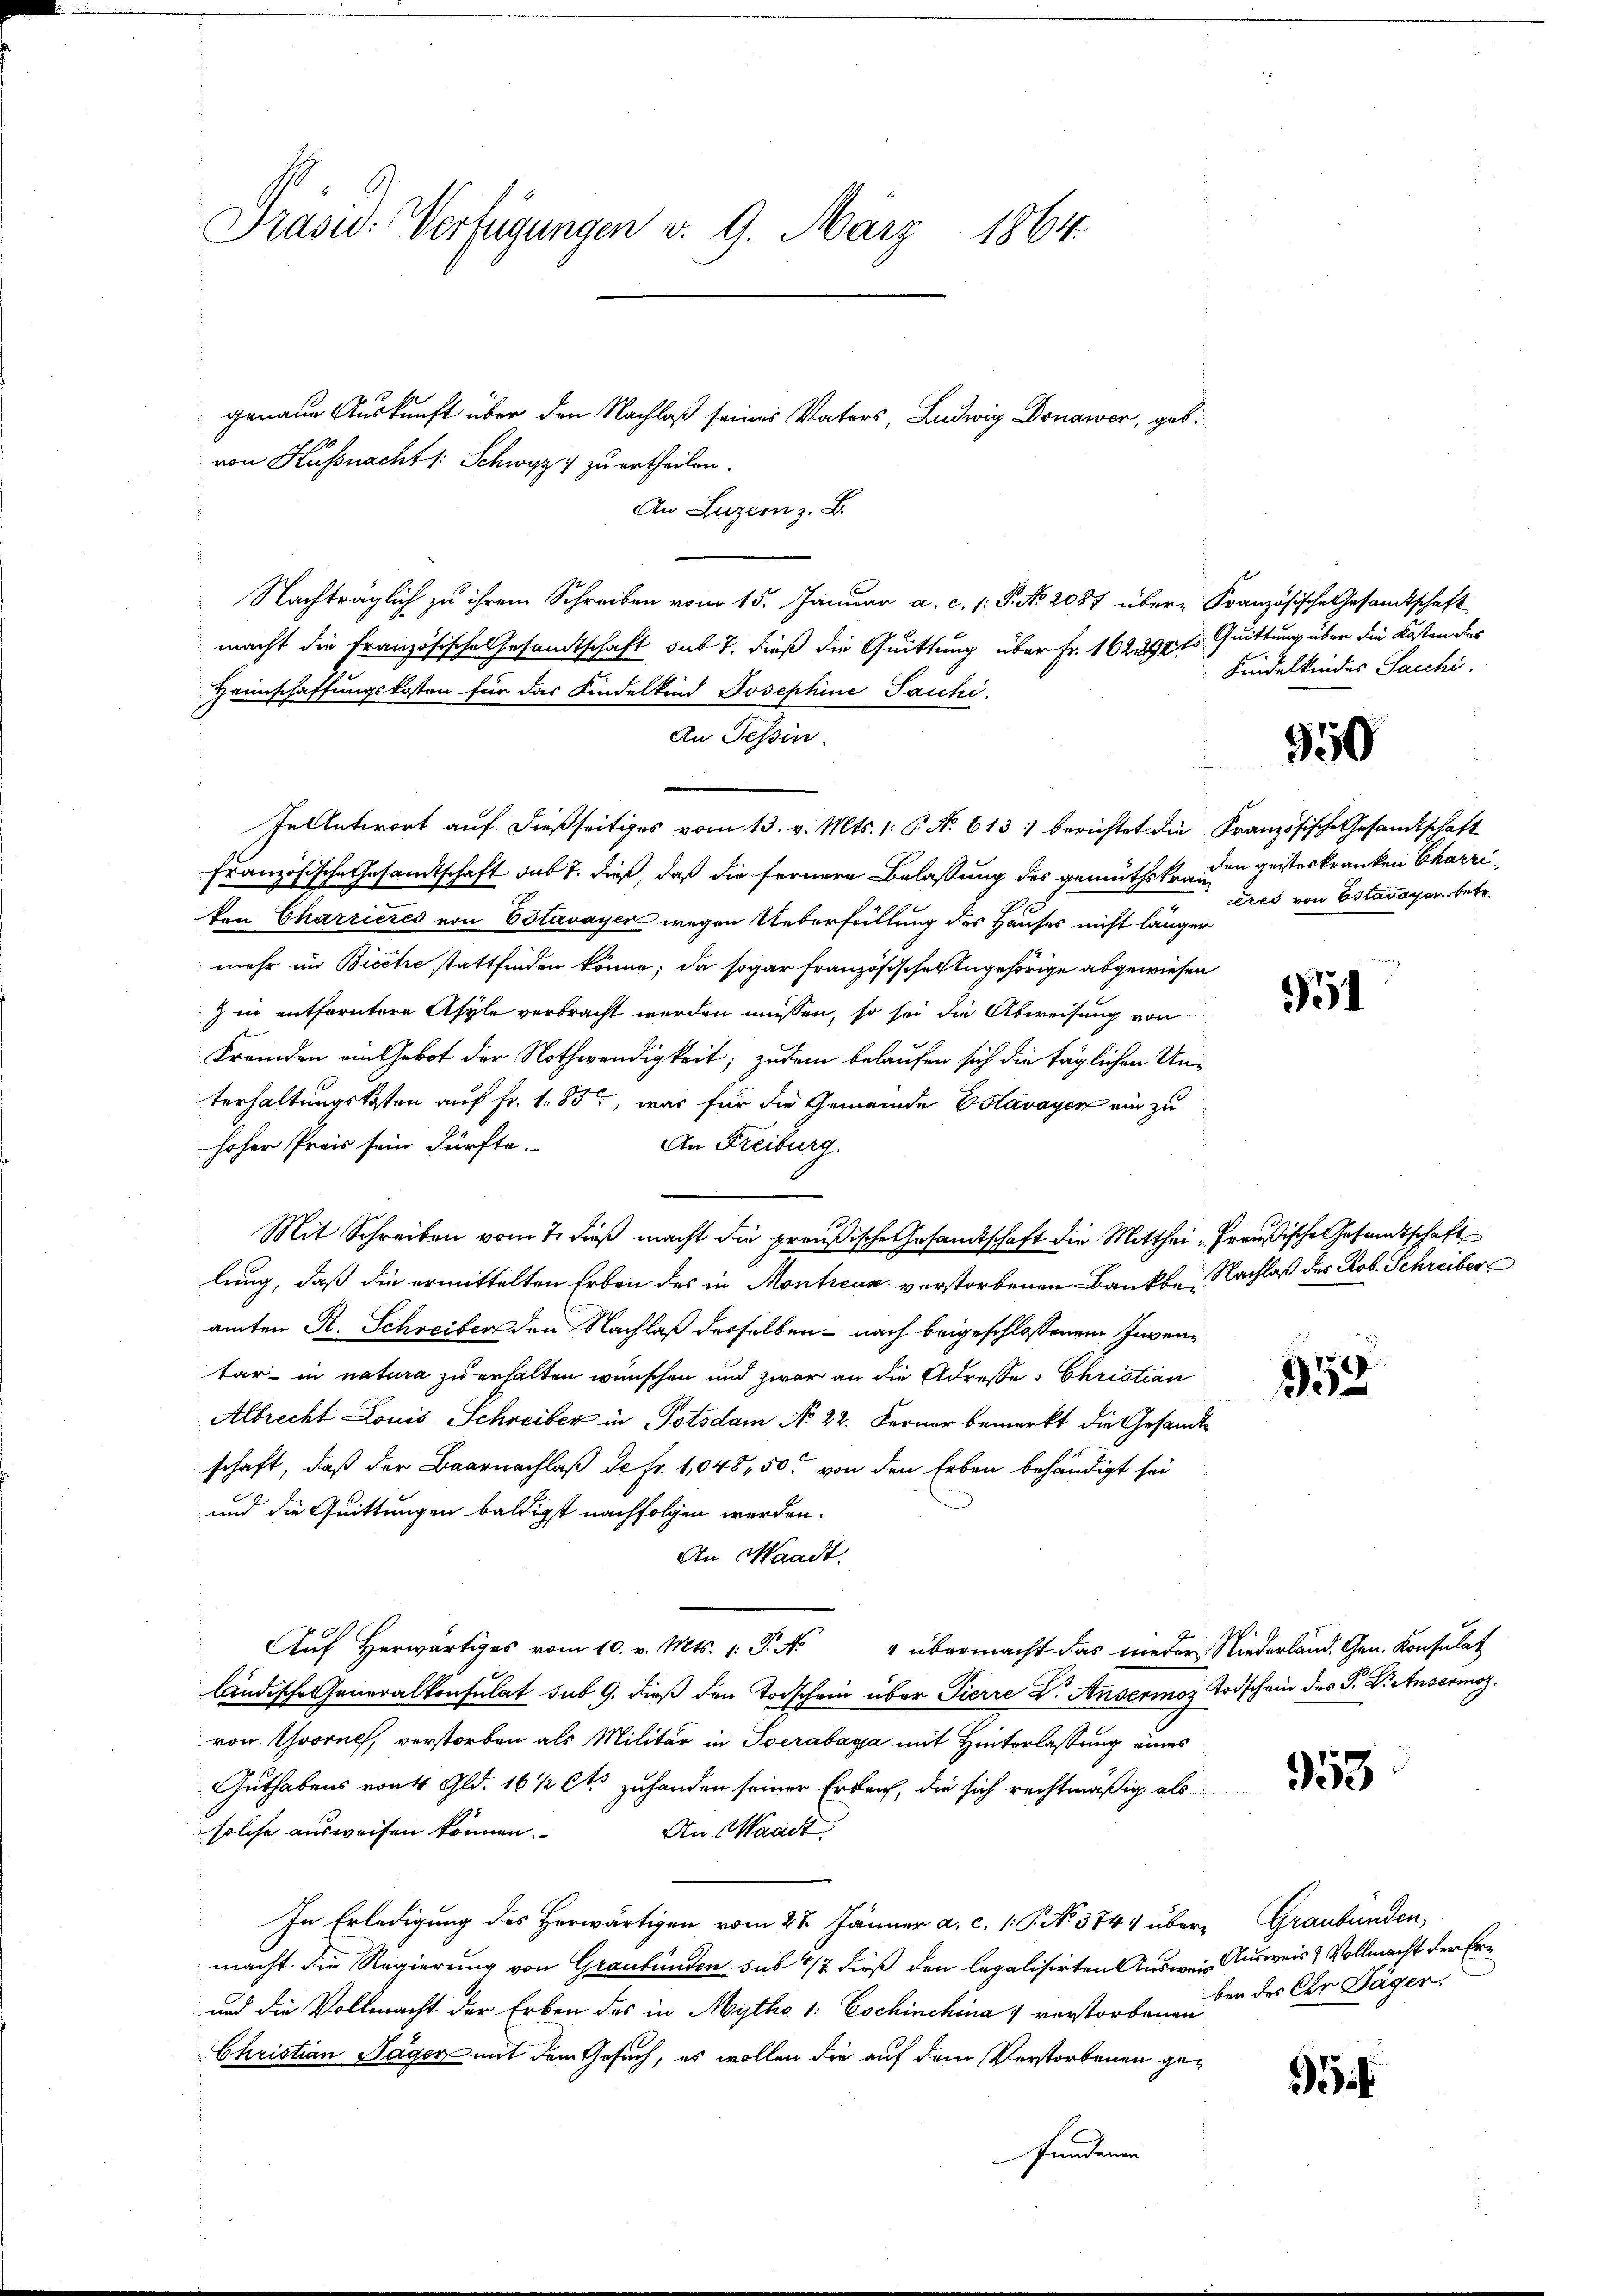
Präsid.: Verfügungen v. 9. März 1864.

genaue Auskunft über den Nachlaß seines Vaters, Ludwig Donawer, geb.
von Küssnacht /: Schwyz zu ertheilen.
An Luzern z. B.
" Nachträglich zu ihrem Schreiben vom 15. Januar a. c. s. S. No. 2087 übere Französische Gesandtschaft
macht die Französische Gesandtschaft sub 7. dieß die Quittung über Fr. 162292t Quittung über die Kosten des
Heimschaffungskosten für das Kindelkind Josephine Sacchi,
An Tessin.
In Antwort auf dießseitiges vom 13. v. Mts. 1. P. No 613 1 berichtet die Französische Gesandtschaft
Französische Gesamtschaft sub 7. dieß, daß die fernere Belassung des gemüthskranten Charrieres von Estavayer wegen Ueberfüllung des Hauses nicht länger
mehr im Biete stattfinden könne; da sogar französischen Angehörige abgewiesen
) in entferntere Asyle verbracht werden müssen, so sei die Abweisung von
Fremden an Gebot der Nothwendigkeit; zudem belaufen sich die täglichen Unterhaltungskosten auf Fr. 185, was für die Gemeinde Estavayer ein zu
hoher Preis sein dürfte.
An Freiburg
Mit Schreiben vom 7. dieß macht die preußische Gesandtschaft die Mitthei-Preußische Gesandtschaft
lung, daß die ermittelten Erben des in Montreux verstorbenen Bankbe Nachlaß des Rob. Schreiber
amten R. Schreiber den Nachlaß desselben nach beigeschlossenen Inventar in natura zu erhalten wünschen und zwar an die Adresse Christian
Albrecht Louis Schreiber in Potsdam No 22. Ferner bemerkt die Gesandtschaft, daß der Baarnachlaß da Fr. 1,048, 50 von den Erben behändigt sei
und die Quittungen baldigst nachfolgen werden.
An Waadt.
Aŭf herwärtiges vom 10. v. Mts. 1. P. N. " übermacht das nieder Niederland. Gen. Konsulat
ländische eneralkonsulat sub 9. dieß den Todschein über Pierre Dr. Ansermor Todschein des P. Dr. Ansermag.
von Chooruch, verstorben als Militär in Socrabagja mit Hinterlassung eines
Guthabens von 4 Gld. 16 1/2 Cts zuhanden seiner Erlauf, die sich rechtmäßig als
solche ausweisen können.
An Waadt.
In Erledigung des Herwärtigen vom 28. Jänner a. c. 1 P. No 3744 über- Graubünden,
macht die Regierung von Graubünden sub 1/7 dieß den legalisirten Ausweis Ausweis & Vollmacht der Er¬
und die Vollmacht der Erben des in Mytho 1: Cochinchina 1 verstorbenen
Christian Jäger mit dem Gesuch, es wollen die auf dem Verstorbenen gefundenen

Kindelkindes Sacchi.

3550

den geisteskranken Charzieeres von Estavayer betr.

51

359

953

ben des Chr Jäger.

5